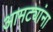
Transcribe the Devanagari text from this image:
आमट्यांना